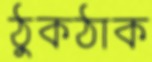
ঠুকঠাক